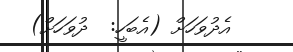
އެދުވަހަށް (އެބަހީ:  ދުވަހަށް)